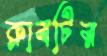
ক্লাবটির